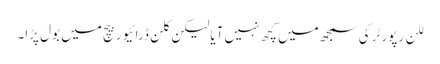
للن رپورٹر کی سمجھ میں کچھ نہیں آیا لیکن کلن ڈرائیور بیچ میں بول پڑا۔